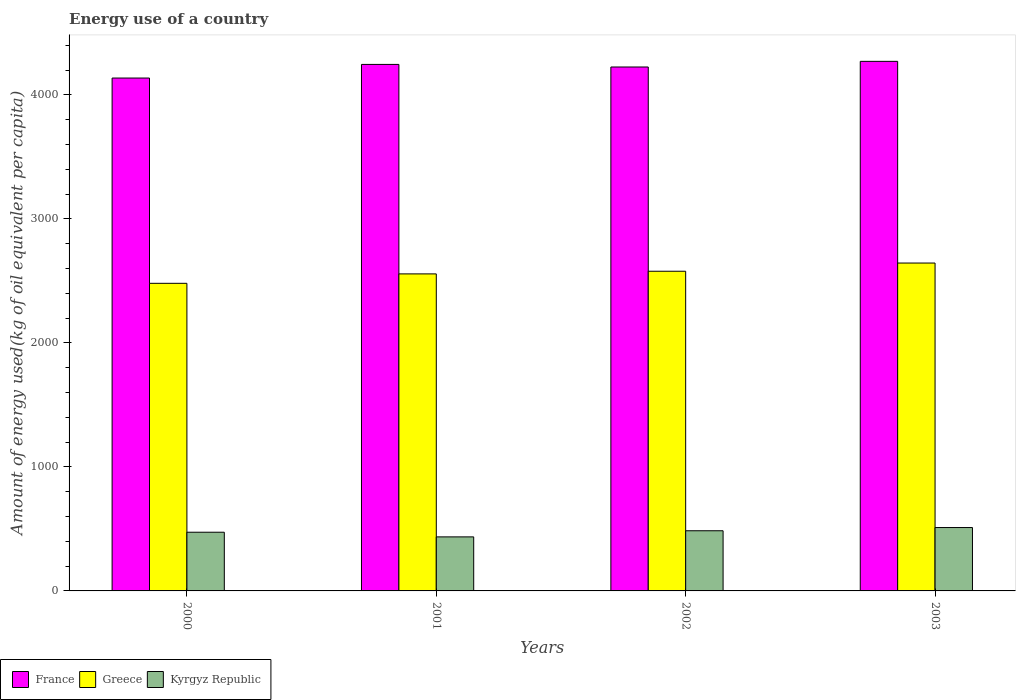
| Years | France | Greece | Kyrgyz Republic |
 | --- | --- | --- | --- |
 | 2000 | 4.14e+03 | 2.48e+03 | 473 |
 | 2001 | 4.25e+03 | 2.56e+03 | 436 |
 | 2002 | 4.23e+03 | 2.58e+03 | 485 |
 | 2003 | 4.27e+03 | 2.64e+03 | 511 |